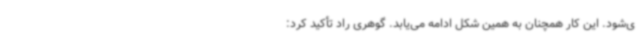
ی‌شود. این کار همچنان به همین شکل ادامه می‌یابد. گوهری راد تأکید کرد: